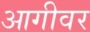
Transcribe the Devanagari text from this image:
आगीवर